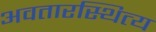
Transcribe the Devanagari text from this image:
अवतारस्थित्य